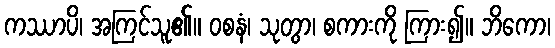
ကဿာပိ၊ အကြင်သူ၏။ ဝစနံ၊ သုတွာ၊ စကားကို ကြား၍။ ဘိကော၊